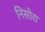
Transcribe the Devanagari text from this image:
निसोरा